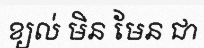
ខ្យល់ មិន មែន ជា